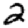
Digit: 2